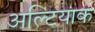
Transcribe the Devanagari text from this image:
अल्टियाक